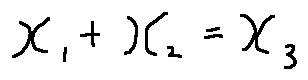
x _ { 1 } + x _ { 2 } = x _ { 3 }